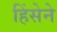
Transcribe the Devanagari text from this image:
हिंसेने